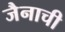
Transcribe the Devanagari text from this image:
जैनाची